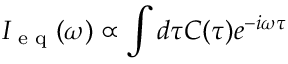
I _ { \textrm { e q } } ( \omega ) \propto \int d \tau C ( \tau ) e ^ { - i \omega \tau }